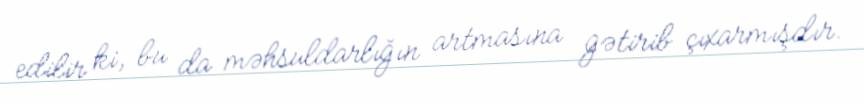
edilir ki, bu da məhsuldarlığın artmasına gətirib çıxarmışdır.